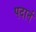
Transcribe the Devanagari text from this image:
पदार्न